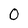
Character: 0